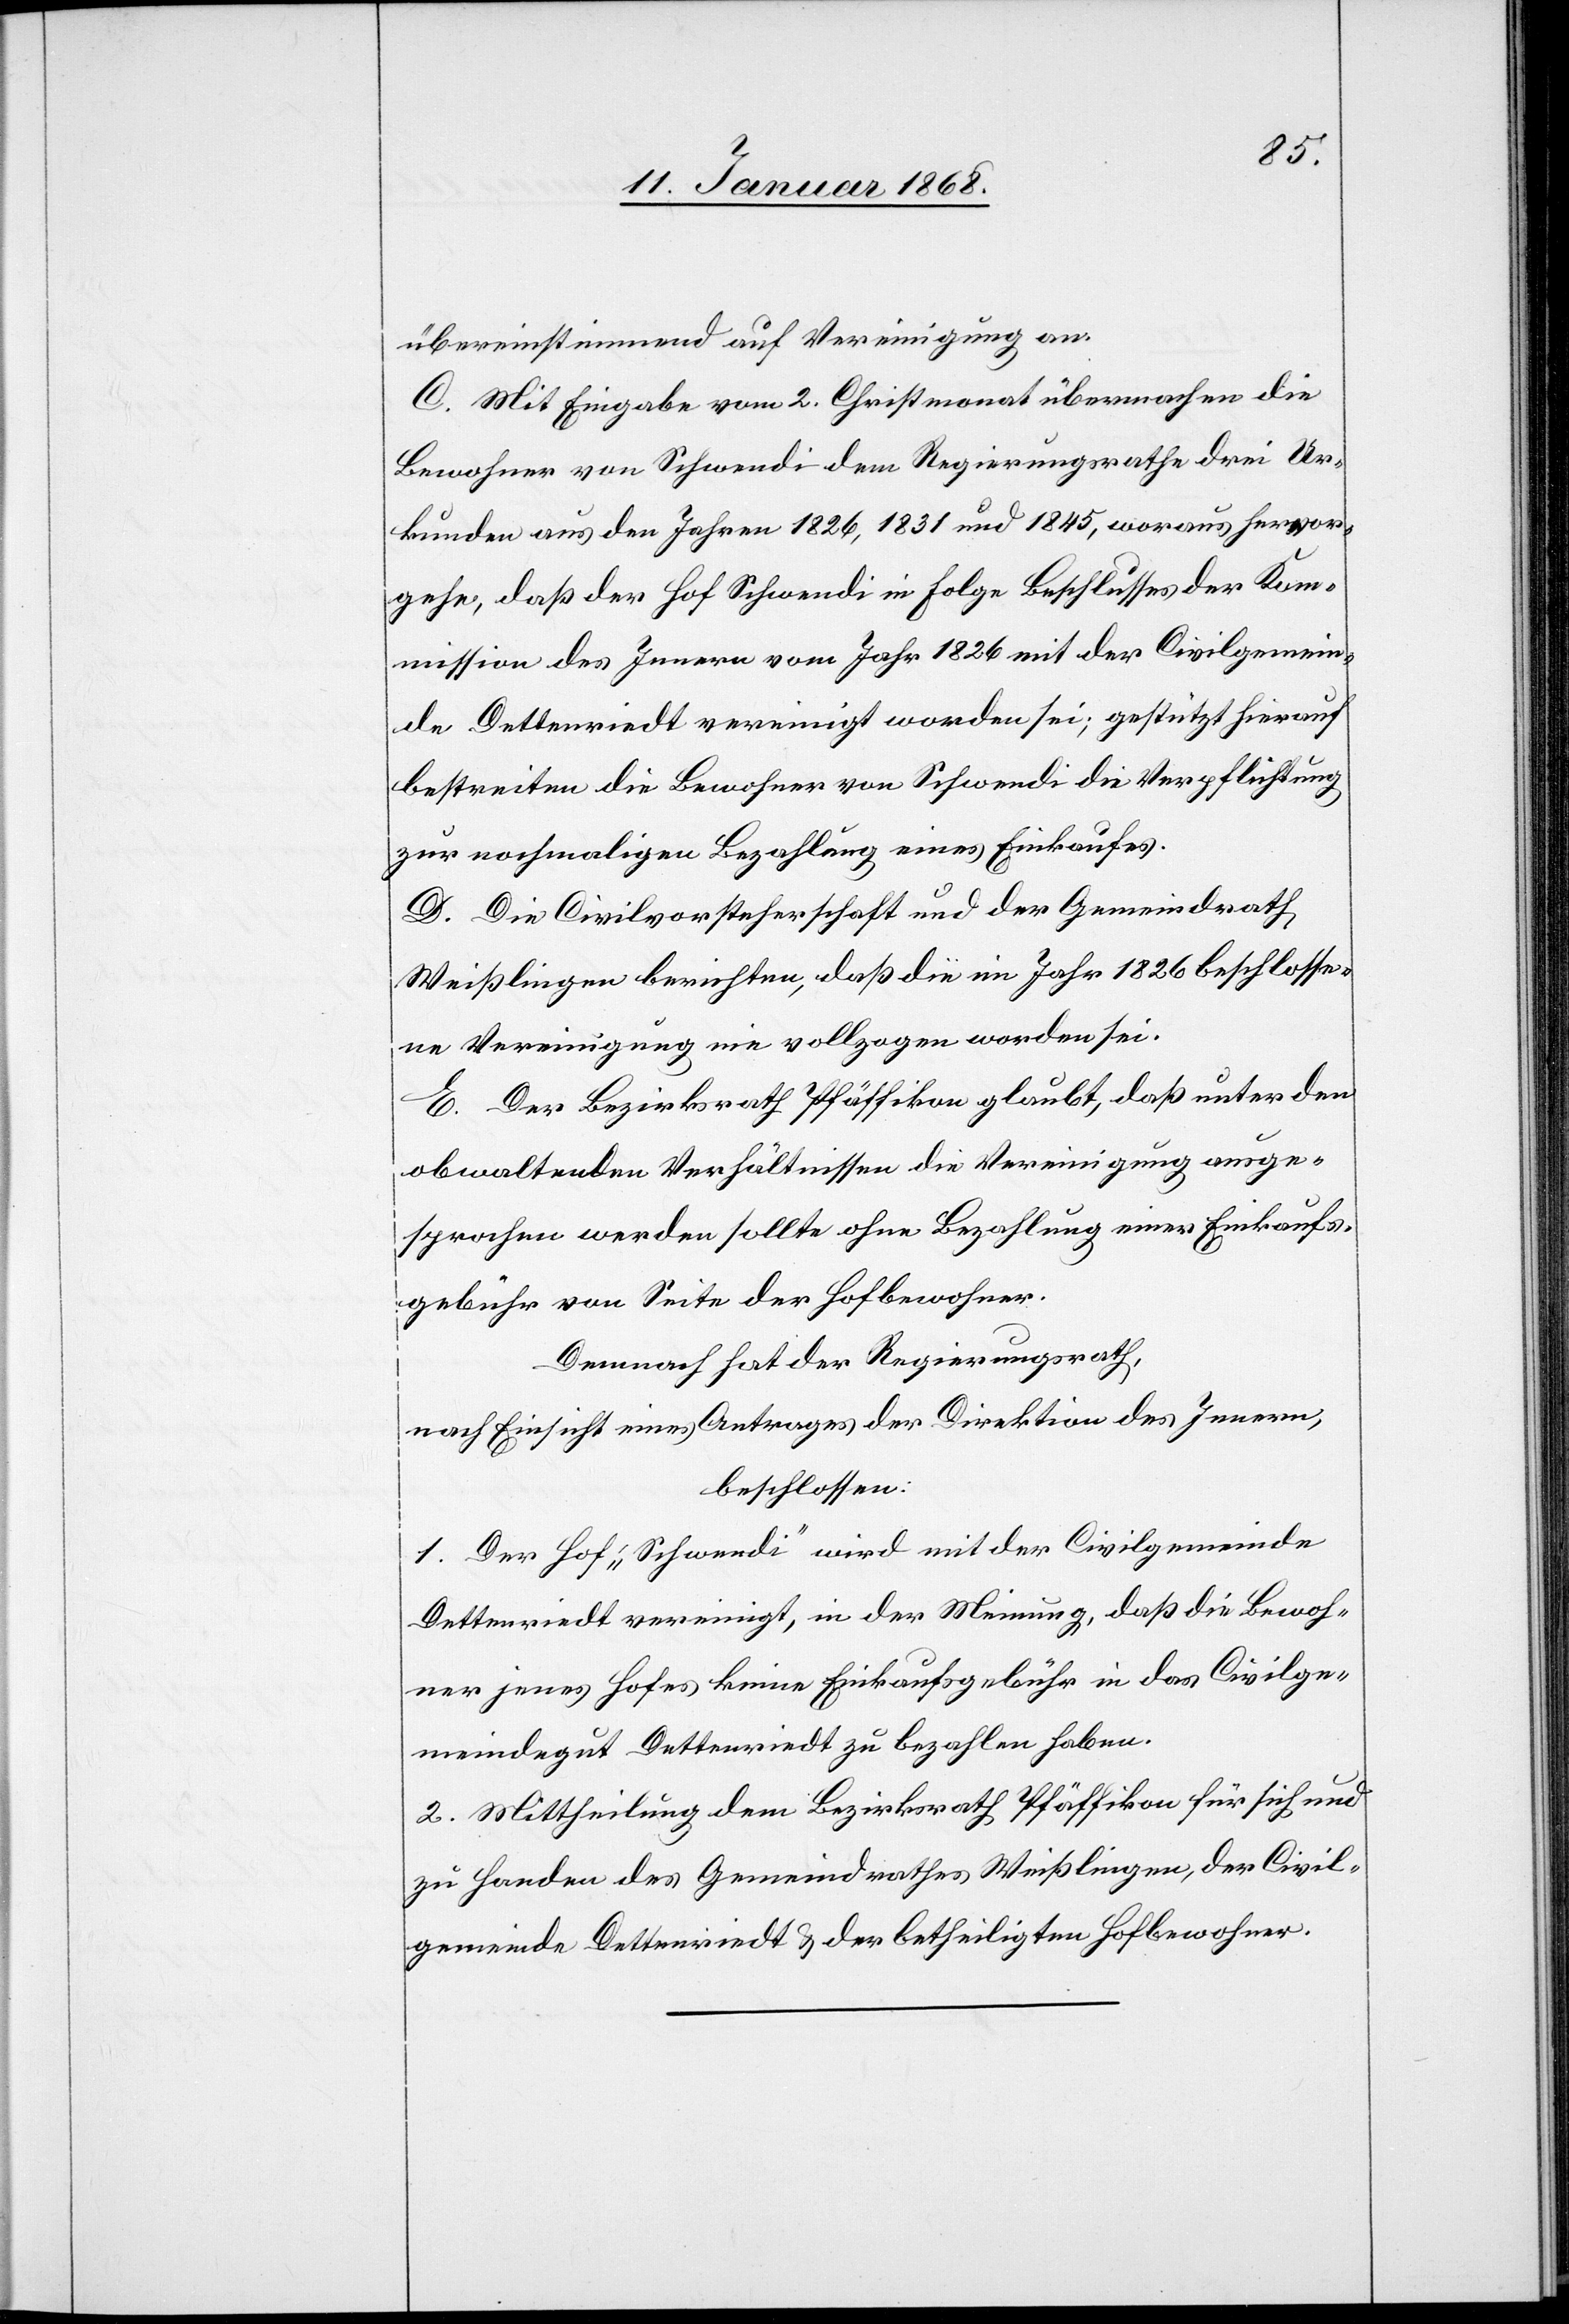
übereinstimmend auf Vereinigung an.
C. Mit Eingabe vom 2. Christmonat übermachen die
Bewohner von Schwendi dem Regierungsrathe drei Ur¬
kunden aus den Jahren 1826, 1831 und 1845, woraus hervor¬
gehe, daß der Hof Schwendi in Folge Beschlusses der Kom¬
mission des Innern vom Jahr 1826 mit der Civilgemein¬
de Dettenriedt vereinigt worden sei; gestützt hierauf
bestreiten die Bewohner von Schwendi die Verpflichtung
zur nochmaligen Bezahlung eines Einkaufes.
D. Die Civilvorsteherschaft und der Gemeindrath
Weißlingen berichten, daß die im Jahr 1826 beschlosse¬
ne Vereinigung nie vollzogen worden sei.
E. Der Bezirksrath Pfäffikon glaubt, daß unter den
obwaltenden Verhältnissen die Vereinigung ausge¬
sprochen werden sollte ohne Bezahlung einer Einkaufs¬
gebühr von Seite der Hofbewohner.
Demnach hat der Regierungsrath,
nach Einsicht eines Antrages der Direktion des Innern,
beschlossen:
1. Der Hof „Schwendi“ wird mit der Civilgemeinde
Dettenriedt vereinigt, in der Meinung, daß die Bewoh¬
ner jenes Hofes keine Einkaufsgebühr in das Civilge¬
meindegut Dettenriedt zu bezahlen haben.
2. Mittheilung dem Bezirksrath Pfäffikon für sich und
zu Handen des Gemeindrathes Weißlingen, der Civil¬
gemeinde Dettenriedt & der betheiligten Hofbewohner.